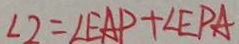
\angle 2 = \angle E A P + \angle E P A